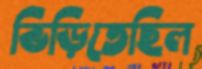
ভিড়িতেছিল